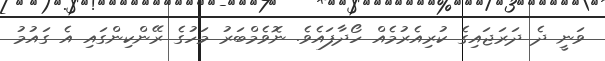
ވަނީ ދެ ދަރަޖައިގެ ކުރިއެރުމެއް ހޯދާފައެވެ. ނޮވެމްބަރު މަހުގެ ރޭންކިންގައި އެ ގައުމު